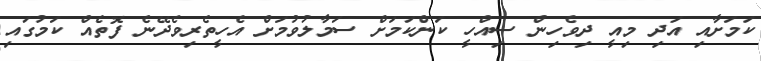
ކަމަށާއި އަދި މިއީ ދިވެހިން ސިއްހީ ކަންކަމަށް ސަމާލުވުމަށް އެހީތެރިވެދޭނެ ފޮތެއް ކަމުގައި